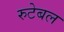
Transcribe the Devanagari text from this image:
रुटेबल